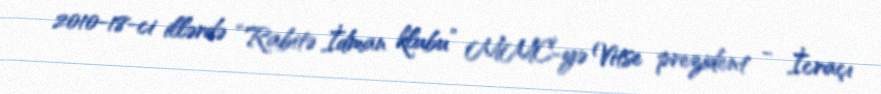
2010-18-ci illərdə “Rabitə İdman klubu” MMC-yə Vitse prezident - İcraçı